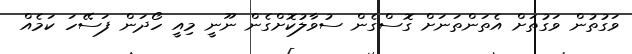
ވަގުތުން ވަގުތަށް އެތަންތަނަށް ގޮސްގެން ސުވާލުކޮށްގެން ނޫނީ މިއީ ހޯދަން ފަސޭހަ ކަމެއް